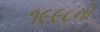
૧૯૯૮ની